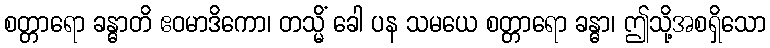
စတ္တာရော ခန္ဓာတိ ဧဝမာဒိကော၊ တသ္မိံ ခေါ ပန သမယေ စတ္တာရော ခန္ဓာ၊ ဤသို့အစရှိသော